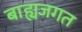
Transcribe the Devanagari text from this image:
बाह्यजगत